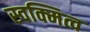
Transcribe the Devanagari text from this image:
स्वक्मित्व